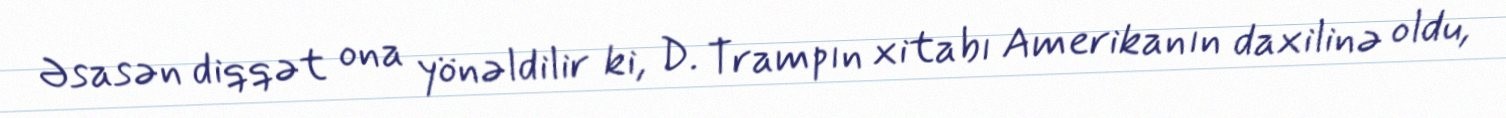
Əsasən diqqət ona yönəldilir ki, D. Trampın xitabı Amerikanın daxilinə oldu,